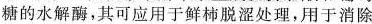
糖的水解酶，其可应用于鲜柿脱涩处理，用于消除